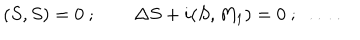
LaTeX: ( S , S ) = 0 \ ; \qquad \Delta S + i ( S , M _ { 1 } ) = 0 \ ; \ \ldots \ .